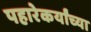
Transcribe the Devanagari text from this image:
पहारेकर्यांच्या